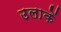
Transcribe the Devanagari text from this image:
उलाकें